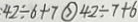
4 2 \div 6 + 7 \textcircled { > } 4 2 \div 7 + 6